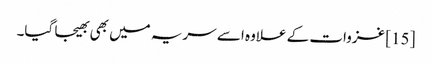
[15] غزوات کے علاوہ اسے سریہ میں بھی بھیجا گیا۔